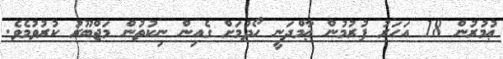
ޢުމުރުން 18 އަހަރު ފުރުމުން ޢާމްދަނީ ހޯދުމަށް ގެއިން ނިކުތުން މަޖްބޫރު ކުރުވުމެވެ.